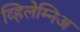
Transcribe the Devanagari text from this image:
व्हिलेम्निअ